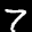
Label: 7